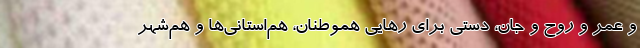
و عمر و روح و جان، دستی برای رهایی هموطنان، هم‌استانی‌ها و هم‌شهر